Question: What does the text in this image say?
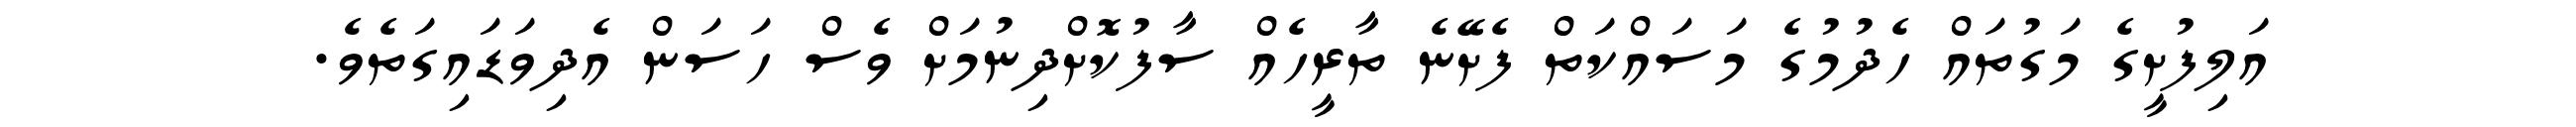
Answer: އަލިފުށީގެ މަގުތައް ހެދުމުގެ މަސައްކަތް ފެށޭނެ ތާރީހެއް ސާފުކޮށްދިނުމަށް ވެސް ހަސަން އެދިވަޑައިގަތެވެ.